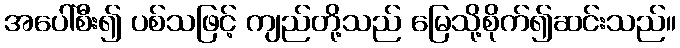
အပေါ်စီး၍ ပစ်သဖြင့် ကျည်တို့သည် မြေသို့စိုက်၍ဆင်းသည်။